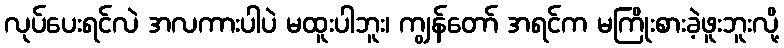
လုပ်ပေးရင်လဲ အလကားပါပဲ မထူးပါဘူး၊ ကျွန်တော် အရင်က မကြိုးစားခဲ့ဖူးဘူးလို့